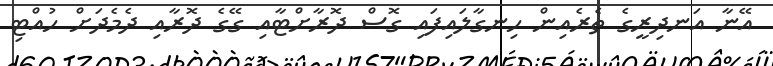
އޭނާ އަނދިރީގެ ތެރެއިން ހިނގާލައިފައި ގޮސް ދޮރާށްޓާއި ގޭގެ ދޮރާއި ދެމެދަށް ހުއްޓި